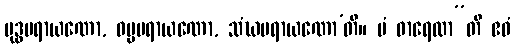
ဗုဒ္ဓပရာယဏော, ဓမ္မပရာယဏော, သံဃပရာယဏော’တိ။ မံ ဓာရေထာ”တိ ဧဝံ